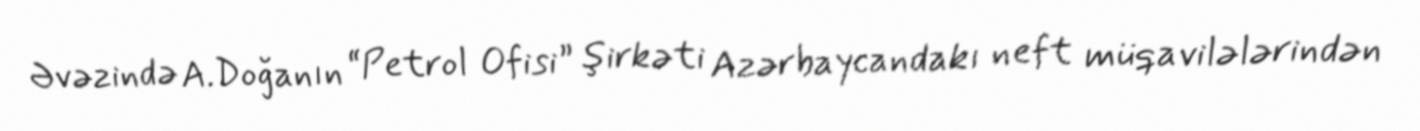
Əvəzində A.Doğanın “Petrol Ofisi” şirkəti Azərbaycandakı neft müqavilələrindən